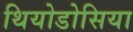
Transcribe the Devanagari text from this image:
थियोडोसिया